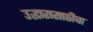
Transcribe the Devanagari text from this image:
उद्धारासाठीचा